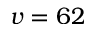
v = 6 2